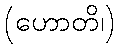
(ဟောတိ၊)